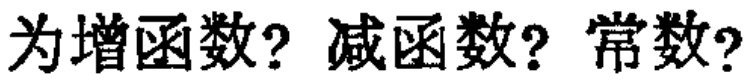
为增函数? 减函数? 常数?